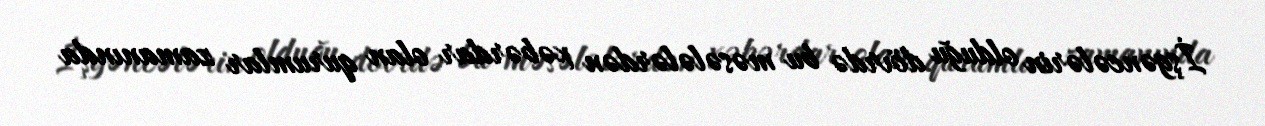
İşgəncələrin olduğu dövrdə bu məsələlərdən xəbərdar olan qurumlar zamanında